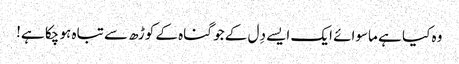
وہ کیا ہے ماسوائے ایک ایسے دِل کے جو گناہ کے کوڑھ سے تباہ ہو چکا ہے!